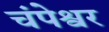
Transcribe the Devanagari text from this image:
चंपेश्वर